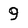
Character: 9